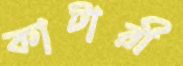
কাটারী